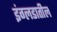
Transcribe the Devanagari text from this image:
इंग्लडातील